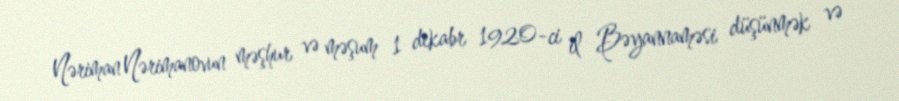
Nəriman Nərimanovun məşhur və məşum 1 dekabr 1920-ci il Bəyannaməsi düşünmək və